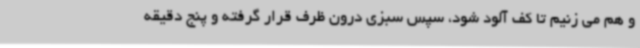
و هم می زنیم تا کف آلود شود، سپس سبزی درون ظرف قرار گرفته و پنج دقیقه